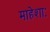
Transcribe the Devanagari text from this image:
माहेशाः